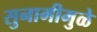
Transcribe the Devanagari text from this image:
सुनामीमुळे